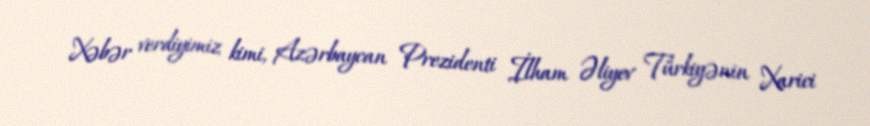
Xəbər verdiyimiz kimi, Azərbaycan Prezidenti İlham Əliyev Türkiyənin Xarici